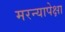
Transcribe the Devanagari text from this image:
मरन्यापेक्षा